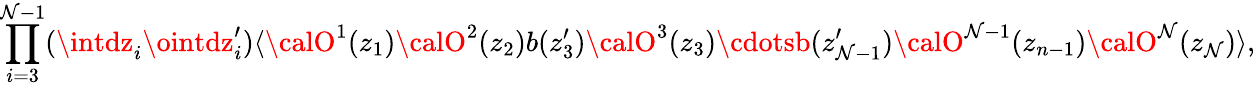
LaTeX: \prod_{i=3}^{\mathcal{N}-1}(\intdz_{i}\ointdz_{i}^{\prime})\langle{\calO}^{1}(z_{1}){\calO}^{2}(z_{2})b(z_{3}^{\prime}){\calO}^{3}(z_{3})\cdotsb(z_{\mathcal{N}-1}^{\prime}){\calO}^{\mathcal{N}-1}(z_{n-1}){\calO}^{\mathcal{N}}(z_{\mathcal{N}})\rangle,